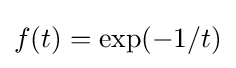
f(t)=\exp({-1/t})